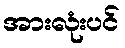
အားလုံးပင်